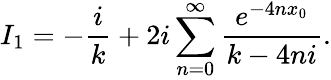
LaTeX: I_{1}=-\frac{i}{k}+2i\sum_{n=0}^{\infty}\frac{e^{-4nx_{0}}}{k-4ni}.